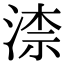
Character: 渿